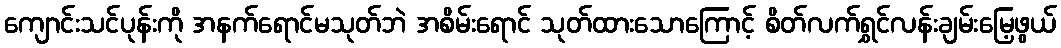
ကျောင်းသင်ပုန်းကို အနက်ရောင်မသုတ်ဘဲ အစိမ်းရောင် သုတ်ထားသောကြောင့် စိတ်လက်ရွှင်လန်းချမ်းမြေ့ဖွယ်